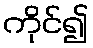
ကိုင်၍